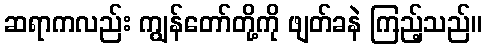
ဆရာကလည်း ကျွန်တော်တို့ကို ဖျတ်ခနဲ ကြည့်သည်။